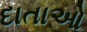
દાતાઓ